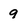
Character: 9